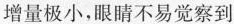
增量极小，眼睛不易觉察到